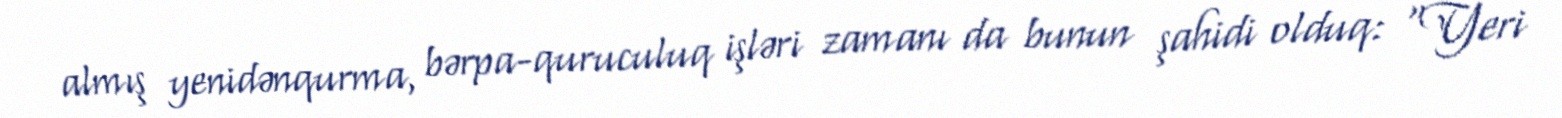
almış yenidənqurma, bərpa-quruculuq işləri zamanı da bunun şahidi olduq: “Yeri